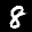
Label: 8